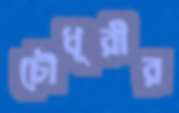
চৌধূরীর